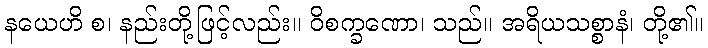
နယေဟိ စ၊ နည်းတို့ဖြင့်လည်း။ ဝိစက္ခဏော၊ သည်။ အရိယသစ္စာနံ၊ တို့၏။